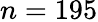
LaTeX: n=195